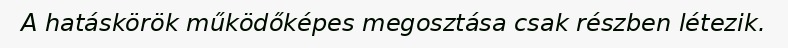
A hatáskörök működőképes megosztása csak részben létezik.